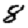
Digit: 8